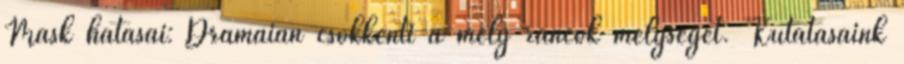
Mask hatásai: Drámaian csökkenti a mély ráncok mélységét. Kutatásaink